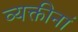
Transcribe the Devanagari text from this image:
व्यक्तीनां